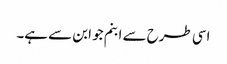
اسی طرح سے ابنم جو ابن سے ہے۔